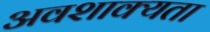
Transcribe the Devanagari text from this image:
अवशाक्यता